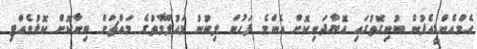
އެމްއެންޑީއެފުން ބުނިގޮތުގައި އޮޔާދަނިކޮށް އެންމެ ފަހުން ލިބުނު މައުލޫމާތުގެ މައްޗަށް ބިނާކޮށް ކޮޅުވެއްޓި